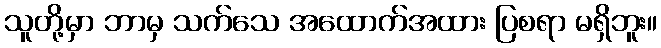
သူတို့မှာ ဘာမှ သက်သေ အထောက်အထား ပြစရာ မရှိဘူး။